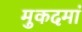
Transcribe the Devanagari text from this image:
मुकदमां